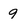
Character: 9